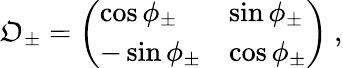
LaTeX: \mathfrak{O}_{\pm}=\left(\begin{array}{ll}{{\cos\phi_{\pm}}}&{{\sin\phi_{\pm}}}\\ {{-\sin\phi_{\pm}}}&{{\cos\phi_{\pm}}}\end{array}\right)\ ,